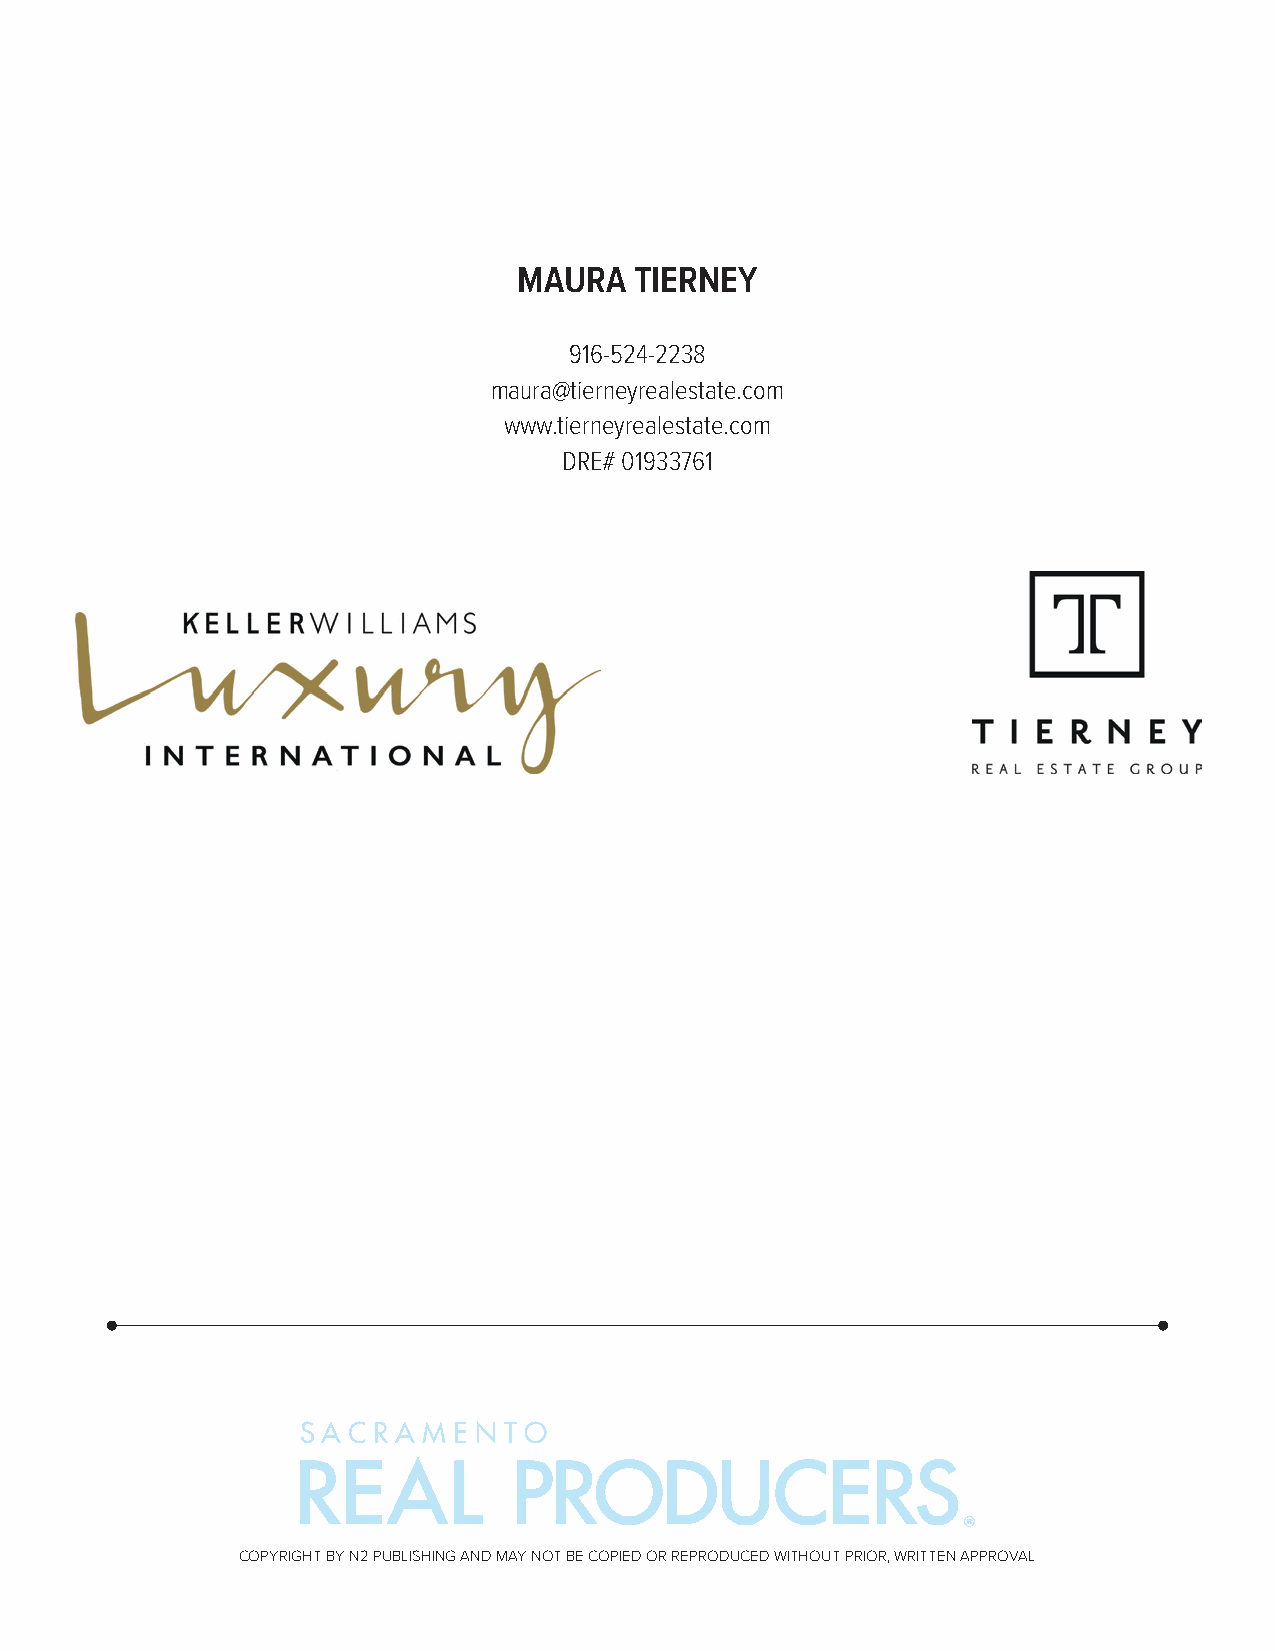
MAURA   TIERNEY
 916-524-2238
 maura@tierneyrealestate.com
 www.tierneyrealestate.com
 DRE# 01933761
 S A C R A M E N T O
 COPYRIGHT BY N2 PUBLISHING AND MAY NOT BE COPIED OR REPRODUCED WITHOUT PRIOR, WRITTEN APPROVAL